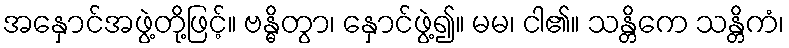
အနှောင်အဖွဲ့တို့ဖြင့်။ ဗန္ဓိတွာ၊ နှောင်ဖွဲ့၍။ မမ၊ ငါ၏။ သန္တိကေ သန္တိကံ၊